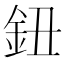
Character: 鈕